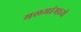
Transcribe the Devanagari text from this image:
मलमांमध्ये